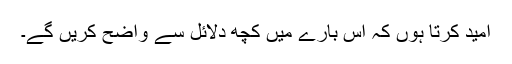
امید کرتا ہوں کہ اس بارے میں کچھ دلائل سے واضح کریں گے۔